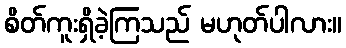
စိတ်ကူးရှိခဲ့ကြသည် မဟုတ်ပါလား။